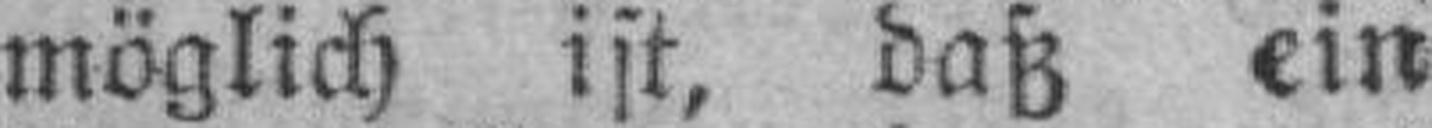
möglich ist, daß ein